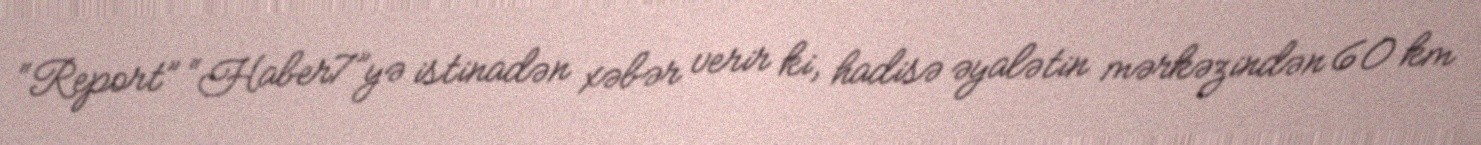
“Report” “Haber7”yə istinadən xəbər verir ki, hadisə əyalətin mərkəzindən 60 km